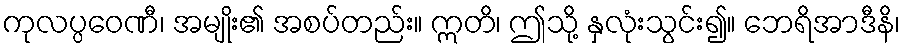
ကုလပ္ပဝေဏီ၊ အမျိုး၏ အစပ်တည်း။ ဣတိ၊ ဤသို့ နှလုံးသွင်း၍။ ဘေရိအာဒီနိ၊